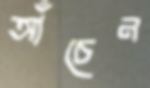
আঁচেন